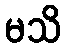
မသိ